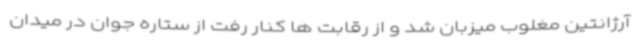
آرژانتین مغلوب میزبان شد و از رقابت ها کنار رفت از ستاره جوان در میدان